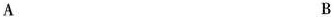
A B